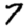
Digit: 7